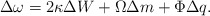
\begin{align*}\Delta\omega=2\kappa\Delta W+\Omega\Delta m+\Phi\Delta q.\end{align*}